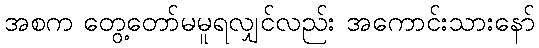
အစက တွေ့တော်မမူရလျှင်လည်း အကောင်းသားနော်